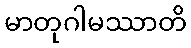
မာတုဂါမဿာတိ